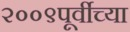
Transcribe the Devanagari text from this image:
२००९पूर्वीच्या